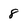
Character: 8